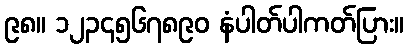
၉၈။ ၁၂၃၄၅၆၇၈၉၀ နံပါတ်ပါကတ်ပြား။